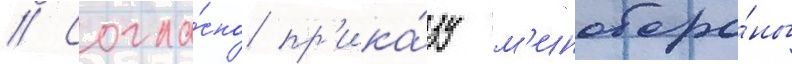
// Согла́сно пр'ика́зу м'иноборо́ны